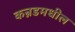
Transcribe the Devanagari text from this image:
कन्नडमधील